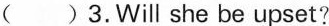
( )3.Will she be upset?